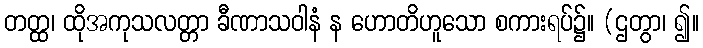
တတ္ထ၊ ထိုအကုသလတ္တာ ခီဏာသဝါနံ န ဟောတိဟူသော စကားရပ်၌။ (ဌတွာ၊ ၍။